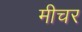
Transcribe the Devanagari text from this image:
मीचर